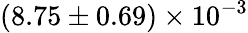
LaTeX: (8.75\pm 0.69)\times 10^{-3}